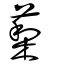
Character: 䔧